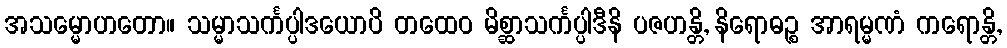
အသမ္မောဟတော။ သမ္မာသင်္ကပ္ပါဒယောပိ တထေဝ မိစ္ဆာသင်္ကပ္ပါဒီနိ ပဇဟန္တိ, နိရောဓဉ္စ အာရမ္မဏံ ကရောန္တိ,